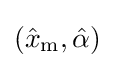
({\hat {x}}_{\mathrm {m} },{\hat {\alpha }})